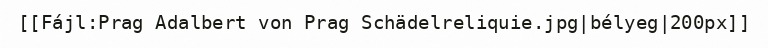
[[Fájl:Prag Adalbert von Prag Schädelreliquie.jpg|bélyeg|200px]]